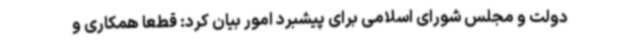
دولت و مجلس شورای اسلامی برای پیشبرد امور بیان کرد: قطعا همکاری و